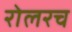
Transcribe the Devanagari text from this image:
रोलरच